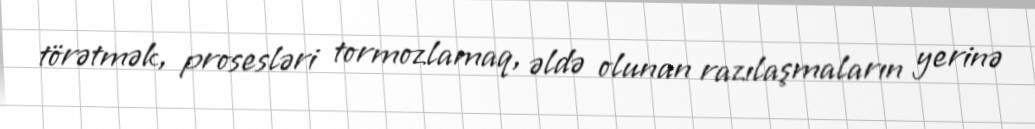
törətmək, prosesləri tormozlamaq, əldə olunan razılaşmaların yerinə